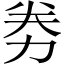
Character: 劵